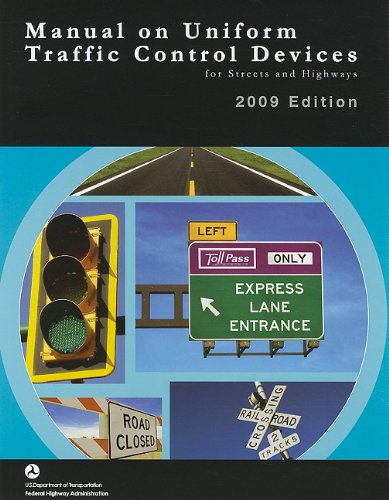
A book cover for Manual on Uniform Traffic Control Devices 2009: For Streets and Highways; Engineering & Transportation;